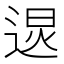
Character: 𰻂